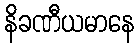
နိခဏီယမာနေ